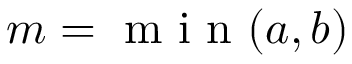
{ m = \mathrm { ~ m ~ i ~ n ~ } ( a , b ) }